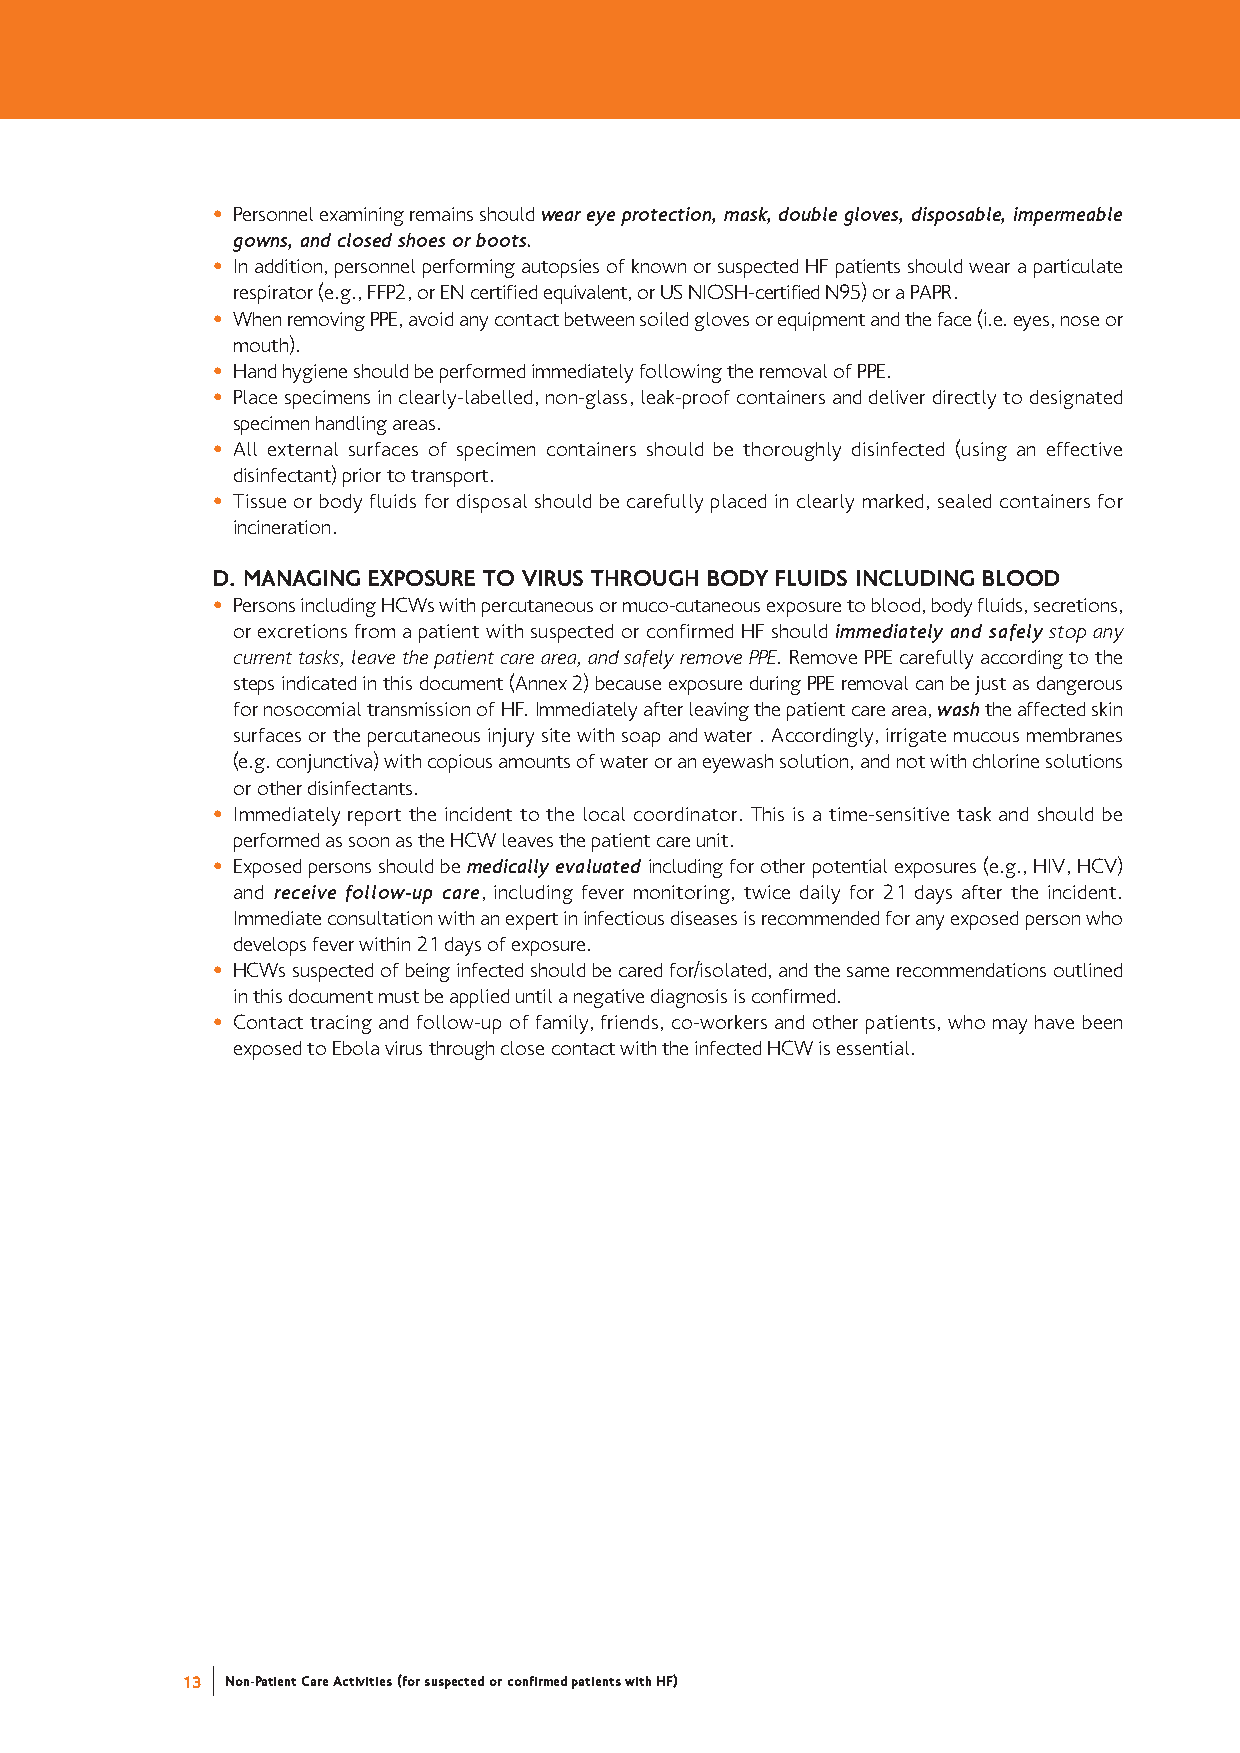
ñ Personnel examining remains should wear eye protection, mask, double gloves, disposable, impermeable
 gowns, and closed shoes or boots.
 ñ In addition, personnel performing autopsies of known or suspected HF patients should wear a particulate
 respirator (e.g., FFP2, or EN certified equivalent, or US NIOSH-certified N95) or a PAPR.
 ñ When removing PPE, avoid any contact between soiled gloves or equipment and the face (i.e. eyes, nose or
 mouth).
 ñ Hand hygiene should be performed immediately following the removal of PPE.
 ñ Place specimens in clearly-labelled, non-glass, leak-proof containers and deliver directly to designated
 specimen handling areas.
 ñ All external surfaces of specimen containers should be thoroughly disinfected (using an effective
 disinfectant) prior to transport.
 ñ Tissue or body fluids for disposal should be carefully placed in clearly marked, sealed containers for
 incineration.
 D. MANAGING EXPOSURE TO VIRUS THROUGH BODY FLUIDS INCLUDING BLOOD
 ñ Persons including HCWs with percutaneous or muco-cutaneous exposure to blood, body fluids, secretions,
 or excretions from a patient with suspected or confirmed HF should immediately and safely stop any
 current tasks, leave the patient care area, and safely remove PPE. Remove PPE carefully according to the
 steps indicated in this document (Annex 2) because exposure during PPE removal can be just as dangerous
 for nosocomial transmission of HF. Immediately after leaving the patient care area, washthe affected skin
 surfaces or the percutaneous injury site with soap and water . Accordingly, irrigate mucous membranes
 (e.g. conjunctiva) with copious amounts of water or an eyewash solution, and not with chlorine solutions
 or other disinfectants.
 ñ Immediately report the incident to the local coordinator. This is a time-sensitive task and should be
 performed as soon as the HCW leaves the patient care unit.
 ñ Exposed persons should be medically evaluated including for other potential exposures (e.g., HIV, HCV)
 and receive follow-up care, including fever monitoring, twice daily for 21 days after the incident.
 Immediate consultation with an expert in infectious diseases is recommended for any exposed person who
 develops fever within 21 days of exposure.
 ñ HCWs suspected of being infected should be cared for/isolated, and the same recommendations outlined
 in this document must be applied until a negative diagnosis is confirmed.
 ñ Contact tracing and follow-up of family, friends, co-workers and other patients, who may have been
 exposed to Ebola virus through close contact with the infected HCW is essential.
 13 Non-Patient Care Activities (for suspected or confirmed patients with HF)